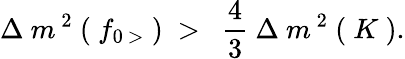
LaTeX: \Delta\ m^{\ 2}\ (\ f_{0\ >}\ )\ >\ \ \frac{4}{3}\ \Delta\ m^{\ 2}\ (\ K\ ).